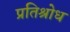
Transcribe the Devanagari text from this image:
प्रतिश्रोध